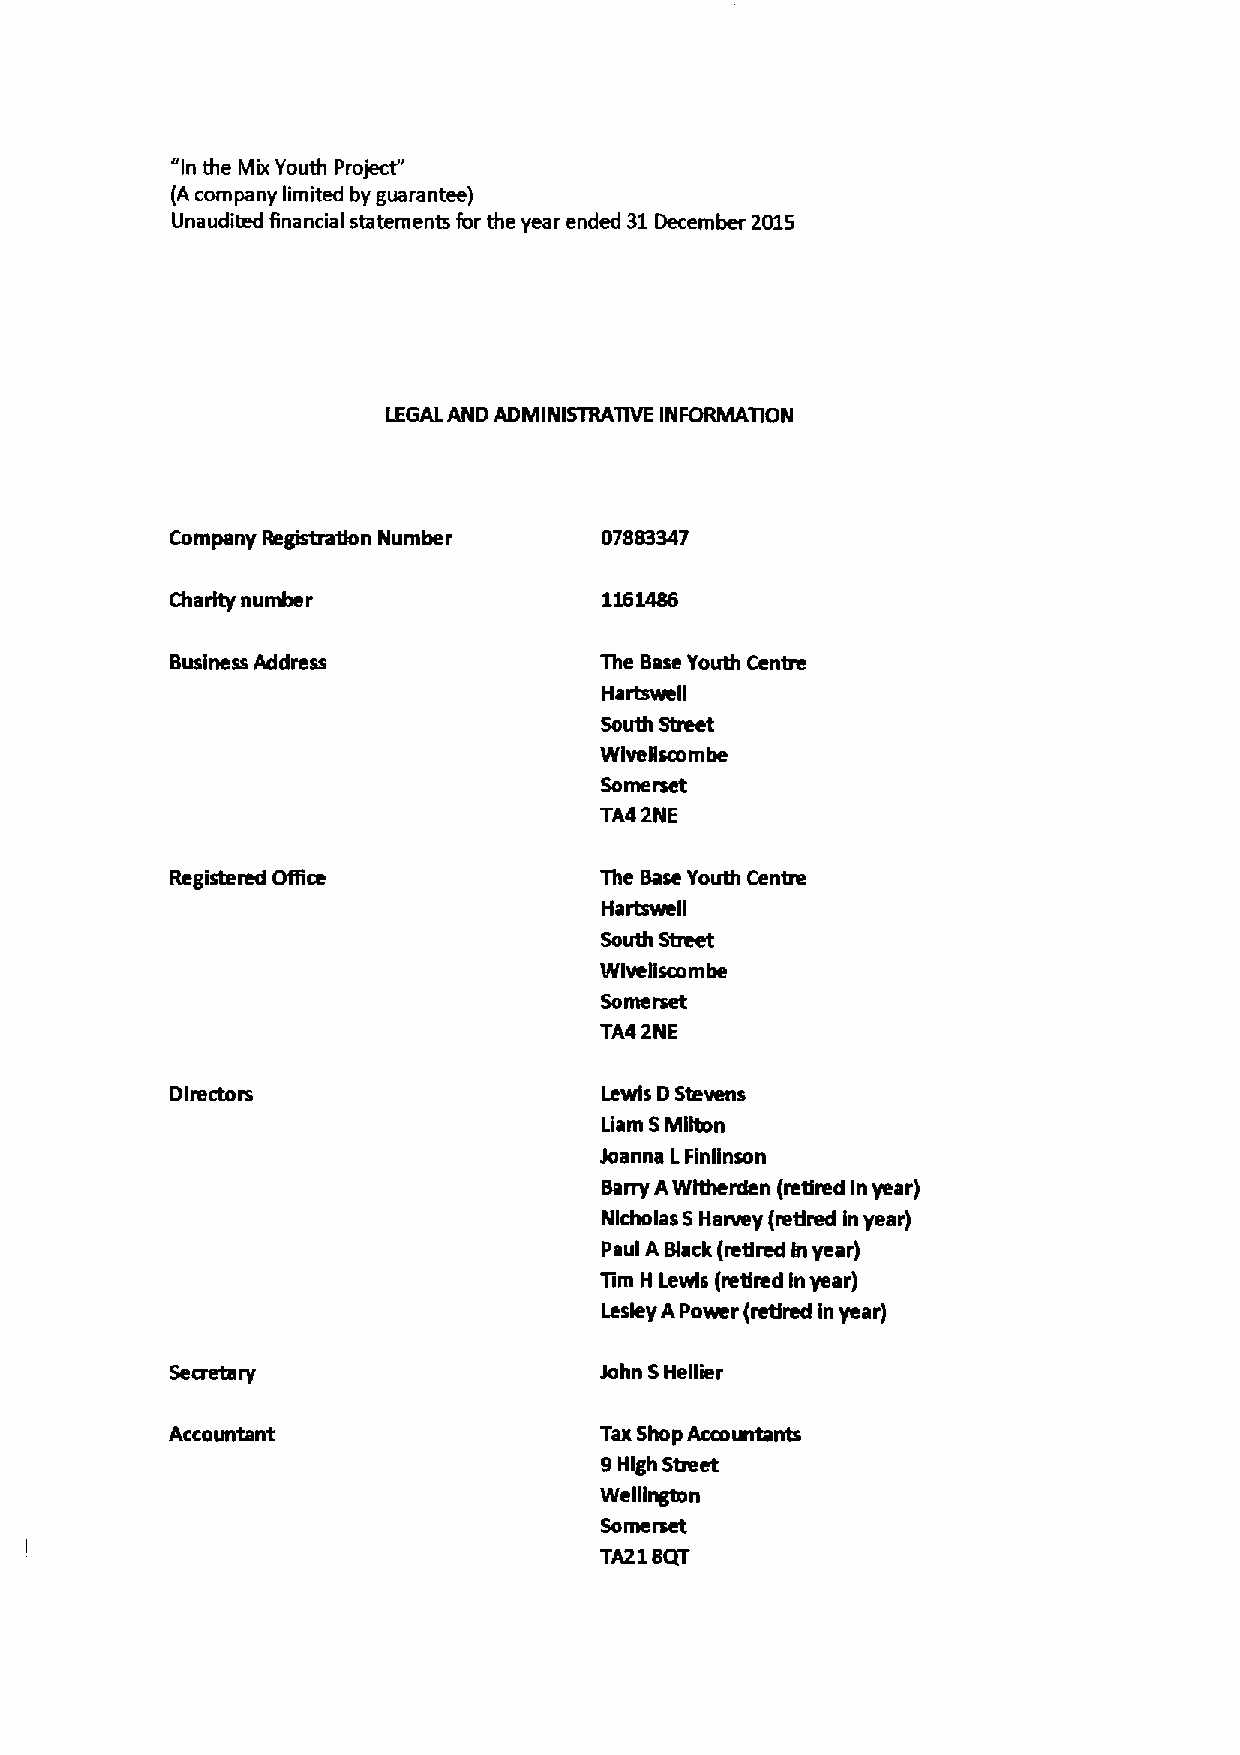
"In the Mix Youth Project"
 (A company limited by guarantee)
 Unaudited financial statements for the year ended 31December 2015
 LEGALAND ADMINISTRATlVE INFORMATION
 Re~n
 Company       Number         07883347
 Charity number
 Business Address             The Base Youth Centre
 Hartswell
 South Street
 Wlvellscombe
 Somerset
 TA4 2NE
 The Base Youth Centre
 Hartswell
 South Street
 Wlvellscornbe
 Somerset
 TA4 2NE
 Directors                    Lewis DStevens
 Uam SMgton
 Joanna LFinlinson
 Barry AWltherden (retired In year)
 Nicholas SHarvey (retired in year)
 Paul A Black (retired in year)
 Tim H lewis (retired Inyear)
 Lesley APower (retJred in year)
 John SHellier
 Accountant                   Tax Shop Accorartants
 9High Sheet
 Weglngton
 Somerset
 TA218QT